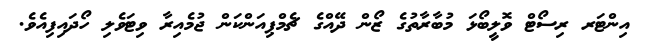
އިންޓަރ ރިސޯޓް ވޮލީބޯޅަ މުބާރާތުގެ ޒޯން ދޭއްގެ ޗެމްޕިއަންކަން ޖުމެއިރާ ވިޓަވެލި ހޯދައިފިއެވެ.